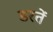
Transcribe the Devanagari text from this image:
डरतें